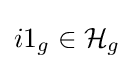
i1_{g}\in {\mathcal {H}}_{g}